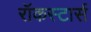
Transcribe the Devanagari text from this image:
रॉकस्टार्स